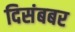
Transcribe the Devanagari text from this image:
दिसंबबर